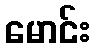
မောင်း